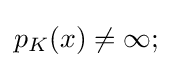
{\textstyle p_{K}(x)\neq \infty ;}